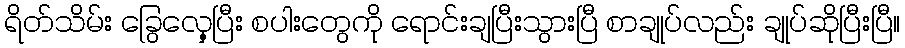
ရိတ်သိမ်း ခြွေလှေ့ပြီး စပါးတွေကို ရောင်းချပြီးသွားပြီ စာချုပ်လည်း ချုပ်ဆိုပြီးပြီ။